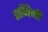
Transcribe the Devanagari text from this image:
ताजिमी